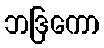
ဘဒြကော